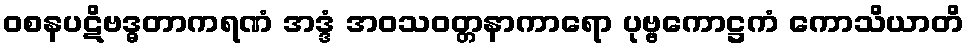
ဝစနပဋိဗဒ္ဓတာကရဏံ အဒ္ဒံ အဝသဝတ္တနာကာရော ပုဗ္ဗကောဋ္ဌကံ ကောသိယာတိ